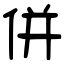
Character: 併